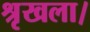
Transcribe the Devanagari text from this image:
श्रृखला।